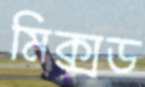
মিক্সড